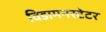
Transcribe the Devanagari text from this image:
विडामनस्टेटर